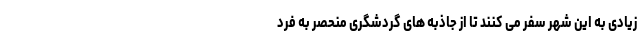
زیادی به این شهر سفر می کنند تا از جاذبه های گردشگری منحصر به فرد